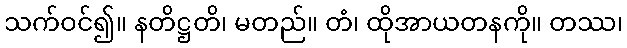
သက်ဝင်၍။ နတိဋ္ဌတိ၊ မတည်။ တံ၊ ထိုအာယတနကို။ တဿ၊